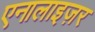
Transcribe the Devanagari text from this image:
एनालाइज़र